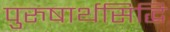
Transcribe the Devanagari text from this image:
पुरुषार्थसिद्धि